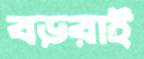
বড়রাই